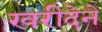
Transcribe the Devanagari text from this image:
खरीदेने